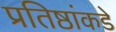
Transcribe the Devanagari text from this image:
प्रतिष्ठांकडे